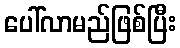
ပေါ်လာမည်ဖြစ်ပြီး